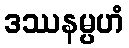
ဒဿနမ္ပဟံ